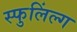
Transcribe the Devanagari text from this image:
स्फुलिंल्ग